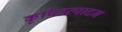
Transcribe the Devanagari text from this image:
कृषिउत्पादन